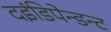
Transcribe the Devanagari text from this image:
दइंडिपेन्डन्ट